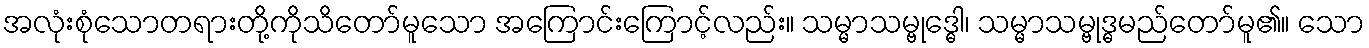
အလုံးစုံသောတရားတို့ကိုသိတော်မူသော အကြောင်းကြောင့်လည်း။ သမ္မာသမ္ဗုဒ္ဓေါ၊ သမ္မာသမ္ဗုဒ္ဓမည်တော်မူ၏။ သော